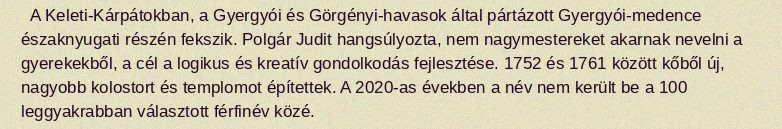
A Keleti-Kárpátokban, a Gyergyói és Görgényi-havasok által pártázott Gyergyói-medence északnyugati részén fekszik. Polgár Judit hangsúlyozta, nem nagymestereket akarnak nevelni a gyerekekből, a cél a logikus és kreatív gondolkodás fejlesztése. 1752 és 1761 között kőből új, nagyobb kolostort és templomot építettek. A 2020-as években a név nem került be a 100 leggyakrabban választott férfinév közé.